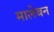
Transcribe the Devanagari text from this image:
मालेबन